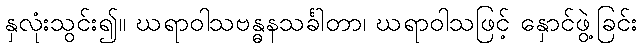
နှလုံးသွင်း၍။ ဃရာဝါသဗန္ဓနသင်္ခါတာ၊ ဃရာဝါသဖြင့် နှောင်ဖွဲ့ခြင်း